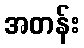
အတန်း